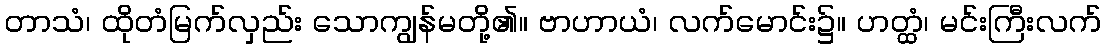
တာသံ၊ ထိုတံမြက်လှည်း သောကျွန်မတို့၏။ ဗာဟာယံ၊ လက်မောင်း၌။ ဟတ္ထံ၊ မင်းကြီးလက်